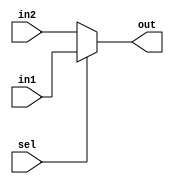
`timescale 1ns/1ns

module MUX2_32(
    input [31:0] in1, in2, 
    input sel,
    output [31:0] out
);
    
    assign out = sel ? in1 : in2;
    
endmodule

module MUX3_32(
    input [31:0] in1, in2, in3,
    input [1:0] sel, 
    output reg [31:0] out
);

    parameter [1:0] A = 2'b00;
    parameter [1:0] B = 2'b01;
    parameter [1:0] C = 2'b10;

    always @(*) begin
        case (sel)
            A : out = in1;
            B : out = in2;
            C : out = in3;
        endcase
    end

endmodule